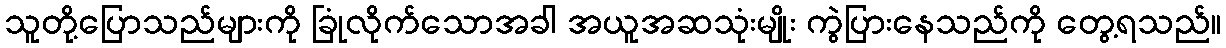
သူတို့ပြောသည်များကို ခြုံလိုက်သောအခါ အယူအဆသုံးမျိုး ကွဲပြားနေသည်ကို တွေ့ရသည်။